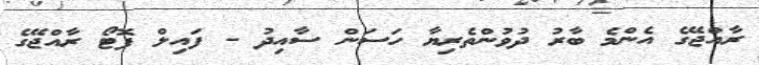
ރާއްޖޭގެ އެންމެ ބާރު ދުވުންތެރިޔާ ހަސަން ސާއިދު - ފައިލް ފޮޓޯ ރާއްޖޭގެ